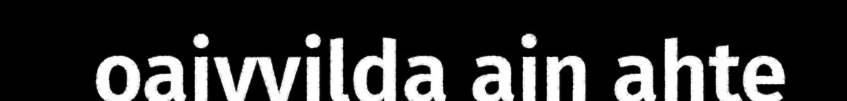
oaivvilda ain ahte